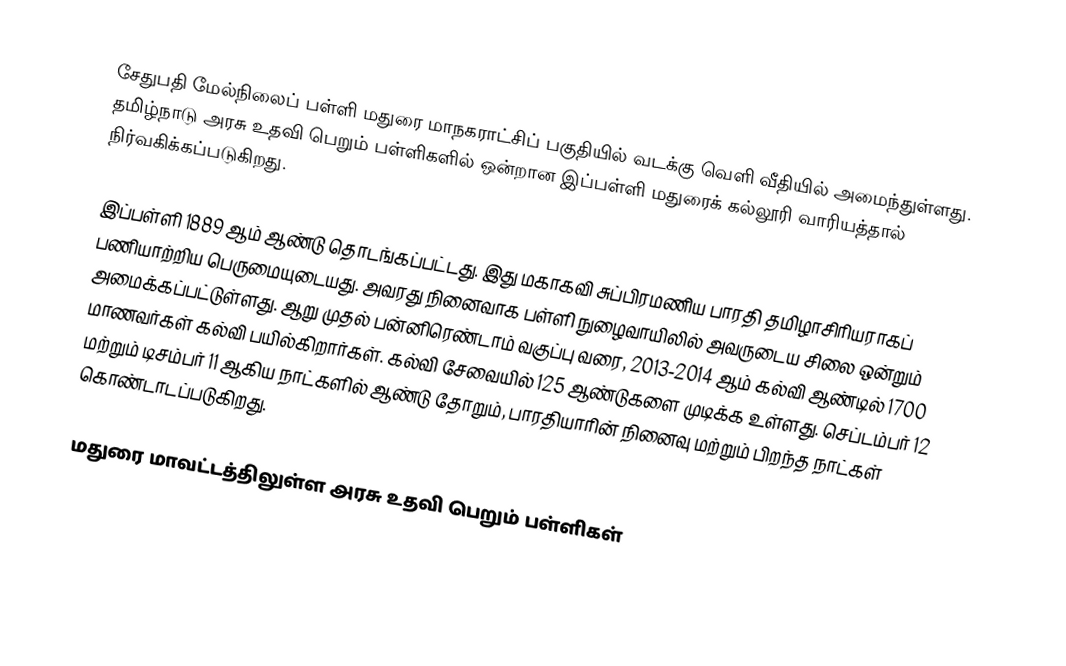
சேதுபதி மேல்நிலைப் பள்ளி மதுரை மாநகராட்சிப் பகுதியில் வடக்கு வெளி வீதியில் அமைந்துள்ளது. தமிழ்நாடு அரசு உதவி பெறும் பள்ளிகளில் ஒன்றான இப்பள்ளி மதுரைக் கல்லூரி வாரியத்தால் நிர்வகிக்கப்படுகிறது.

இப்பள்ளி 1889 ஆம் ஆண்டு தொடங்கப்பட்டது. இது மகாகவி சுப்பிரமணிய பாரதி தமிழாசிரியராகப் பணியாற்றிய பெருமையுடையது. அவரது நினைவாக பள்ளி நுழைவாயிலில் அவருடைய சிலை ஒன்றும் அமைக்கப்பட்டுள்ளது. ஆறு முதல் பன்னிரெண்டாம் வகுப்பு வரை, 2013-2014 ஆம் கல்வி ஆண்டில் 1700 மாணவர்கள் கல்வி பயில்கிறார்கள். கல்வி சேவையில் 125 ஆண்டுகளை முடிக்க உள்ளது. செப்டம்பர் 12 மற்றும் டிசம்பர் 11 ஆகிய நாட்களில் ஆண்டு தோறும், பாரதியாரின் நினைவு மற்றும் பிறந்த நாட்கள் கொண்டாடப்படுகிறது.

மதுரை மாவட்டத்திலுள்ள அரசு உதவி பெறும் பள்ளிகள்